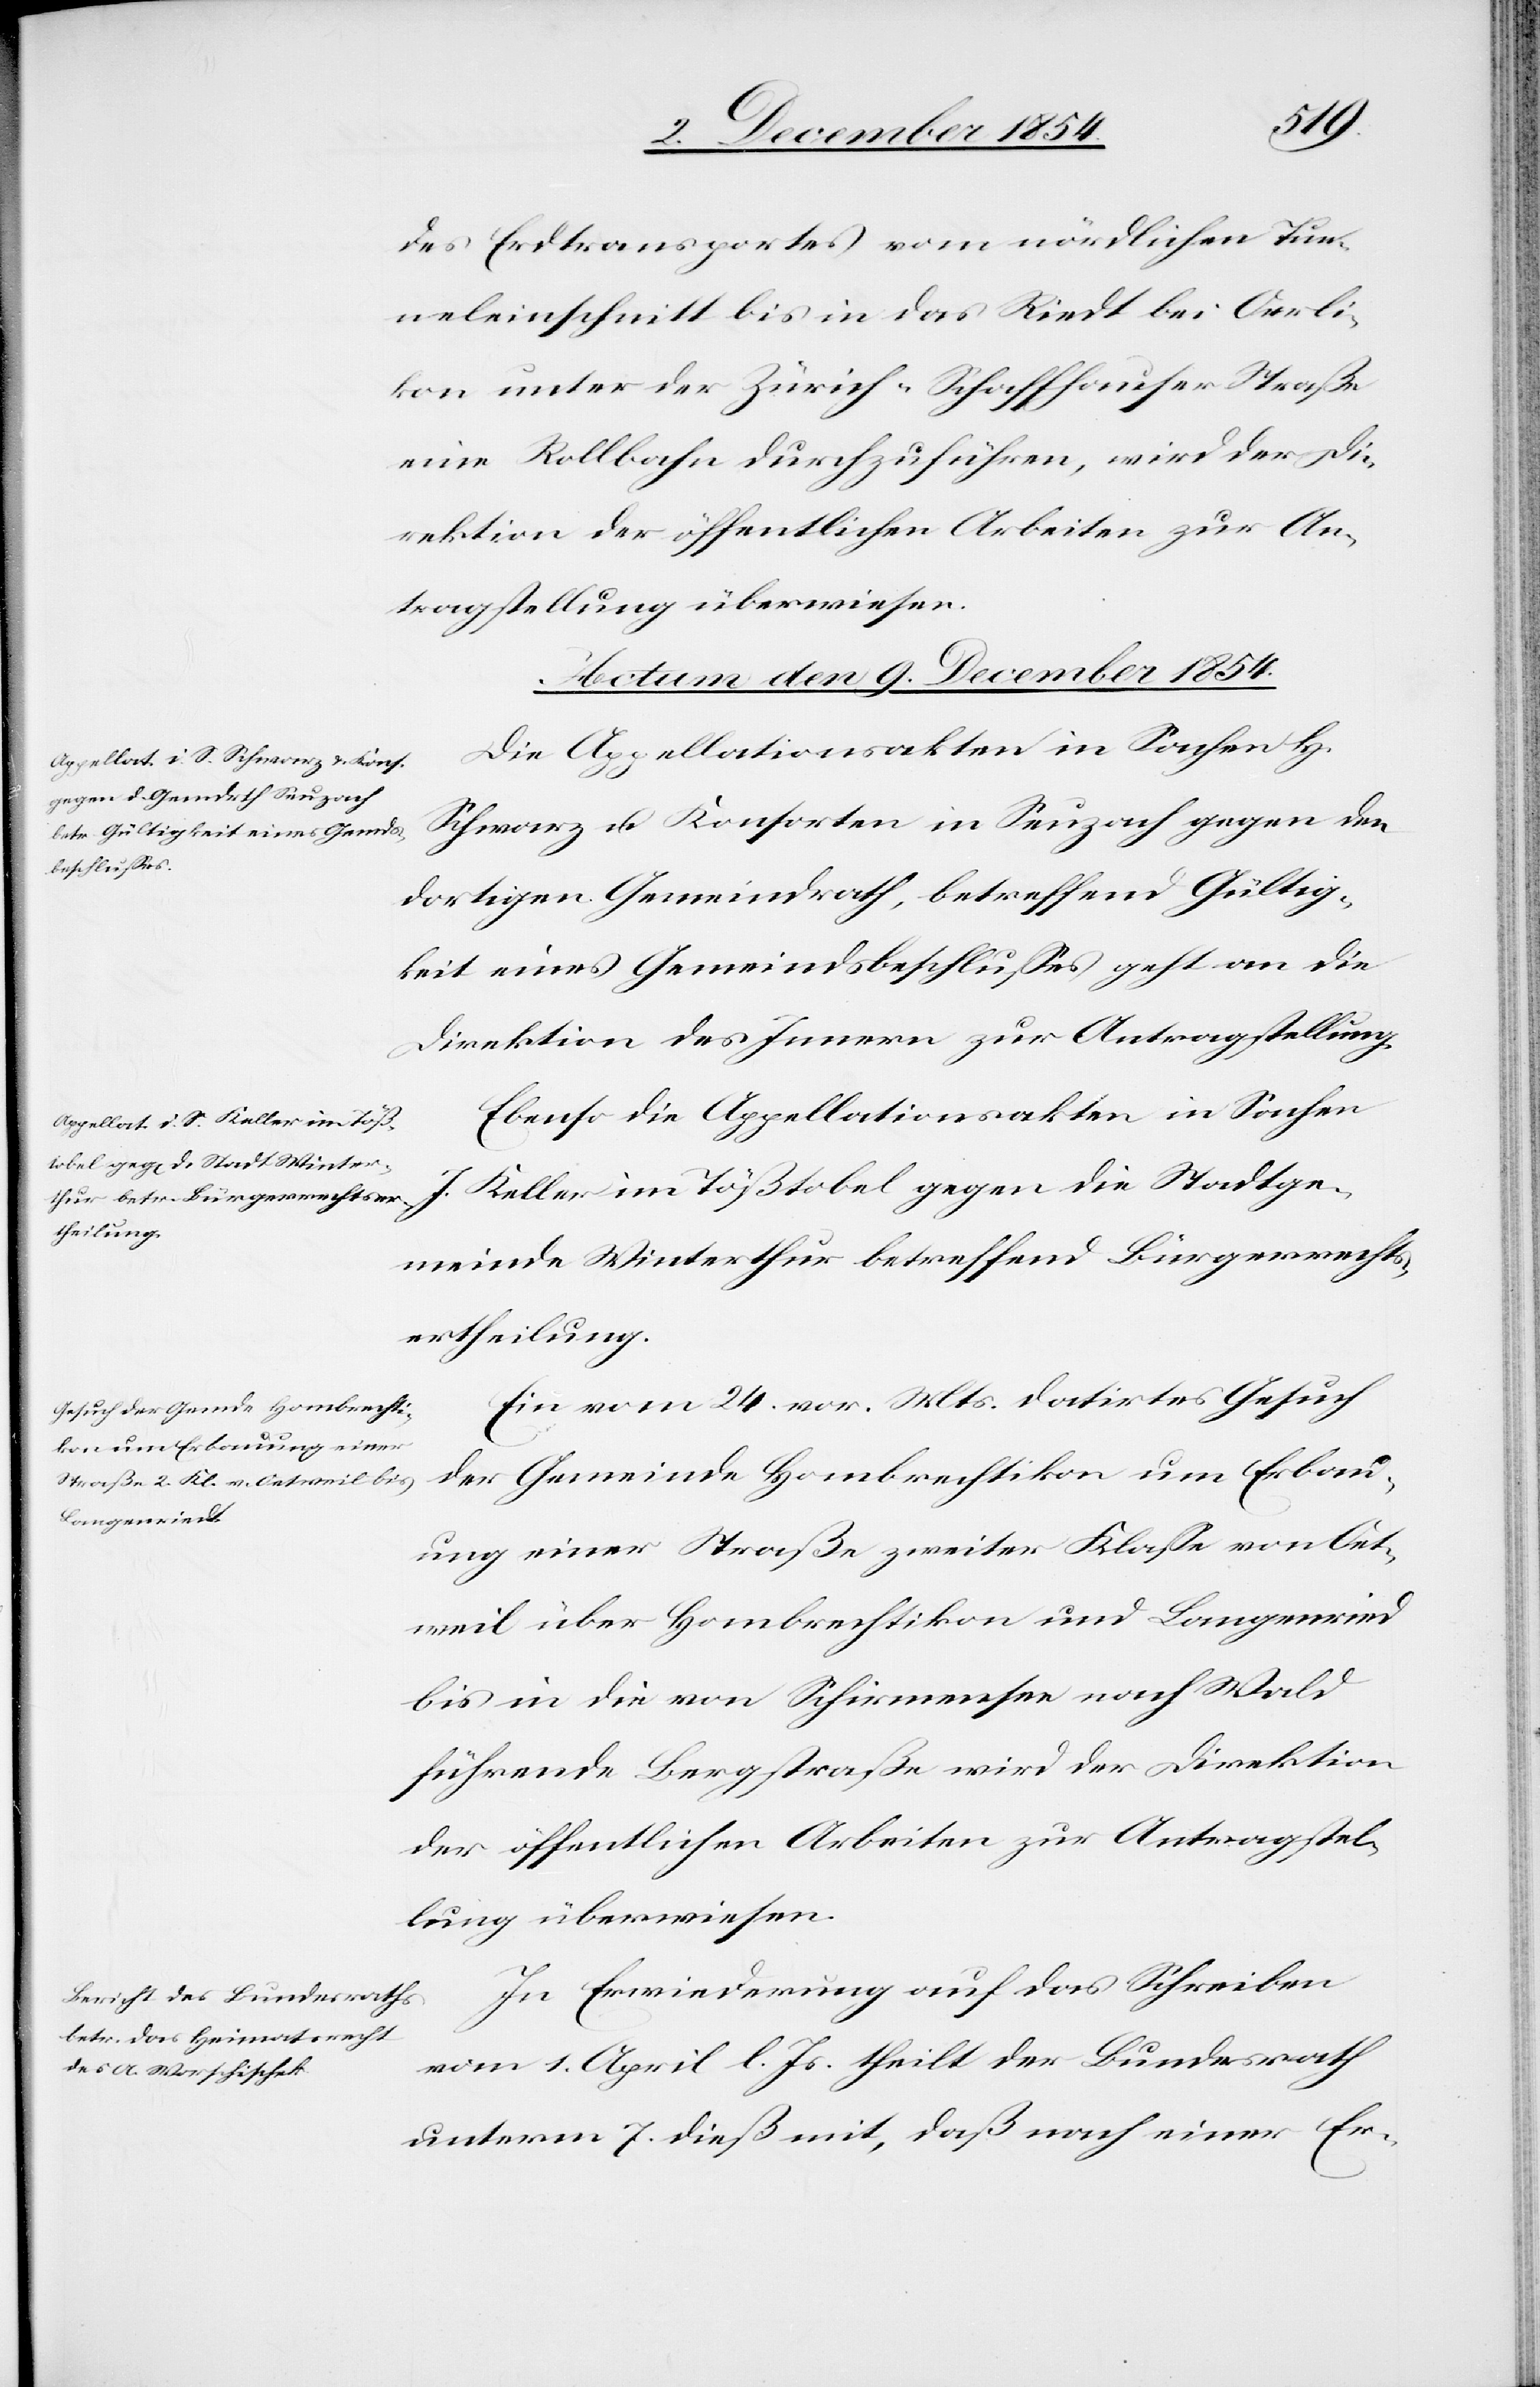
des Erdtransportes vom nördlichen Tun¬
neleinschnitt bis in das Riedt bei Oerli¬
kon unter der Zürich-Schaffhauser Straße
eine Rollbahn durchzuführen, wird der Di¬
rektion der öffentlichen Arbeiten zur An¬
tragstellung überwiesen.
Actum den 9. December 1854.]
Die Appellationsakten in Sachen H.
Schwarz u. Konsorten in Seuzach gegen den
dortigen Gemeindrath, betreffend Gültig¬
keit eines Gemeindsbeschlußes geht an die
Direktion des Innern zur Antragstellung.
Ebenso die Appellationsakten in Sachen
J. Keller im Tößtobel gegen die Stadtge¬
meinde Winterthur betreffend Bürgerrechts¬
ertheilung.
Ein vom 24. vor. Mts. datirtes Gesuch
der Gemeinde Hombrechtikon um Erbau¬
ung einer Straße zweiter Klaße von Oet¬
weil über Hombrechtikon und Langenried[t]
bis in die von Schirmensee nach Wald
führende Bergstraße wird der Direktion
der öffentlichen Arbeiten zur Antragstel¬
lung überwiesen.
In Erwiederung auf das Schreiben
vom 1. April l. Js. theilt der Bundesrath
unterm 7. dieß mit, daß nach einer Er-